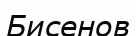
Бисенов